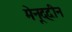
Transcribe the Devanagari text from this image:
मेनूद्दीन